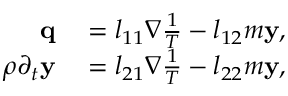
\begin{array} { r l } { \mathbf q } & { { } = l _ { 1 1 } \nabla \frac { 1 } { T } - l _ { 1 2 } m \mathbf y , } \\ { \rho \partial _ { t } \mathbf y } & { { } = l _ { 2 1 } \nabla \frac { 1 } { T } - l _ { 2 2 } m \mathbf y , } \end{array}